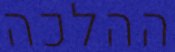
ההלכה